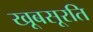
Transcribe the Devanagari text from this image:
खूबसूरति